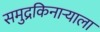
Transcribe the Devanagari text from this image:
समुद्रकिनार्‍याला